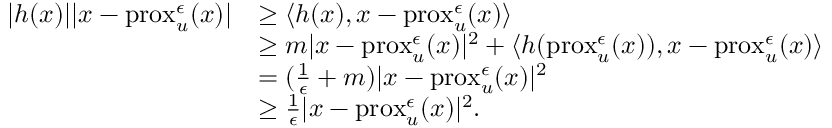
\begin{array} { r l } { | h ( x ) | | x - \operatorname { p r o x } _ { u } ^ { \epsilon } ( x ) | } & { \geq \langle h ( x ) , x - \operatorname { p r o x } _ { u } ^ { \epsilon } ( x ) \rangle } \\ & { \geq m | x - \operatorname { p r o x } _ { u } ^ { \epsilon } ( x ) | ^ { 2 } + \langle h ( \operatorname { p r o x } _ { u } ^ { \epsilon } ( x ) ) , x - \operatorname { p r o x } _ { u } ^ { \epsilon } ( x ) \rangle } \\ & { = ( \frac { 1 } { \epsilon } + m ) | x - \operatorname { p r o x } _ { u } ^ { \epsilon } ( x ) | ^ { 2 } } \\ & { \geq \frac { 1 } { \epsilon } | x - \operatorname { p r o x } _ { u } ^ { \epsilon } ( x ) | ^ { 2 } . } \end{array}